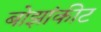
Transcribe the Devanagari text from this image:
बोझांकीट